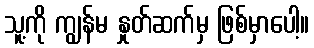
သူ့ကို ကျွန်မ နှုတ်ဆက်မှ ဖြစ်မှာပေါ့။